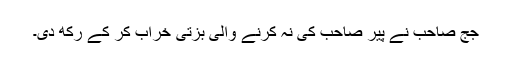
جج صاحب نے پیر صاحب کی نہ کرنے والی بزتی خراب کر کے رکھ دی۔